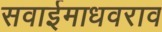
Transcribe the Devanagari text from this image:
सवाईमाधवराव